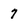
Character: 7